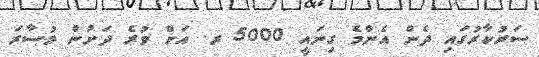
ސަރުކާރުގައި ދެން އެންމެ ގިނައީ 5000 ރ. އަށް ވުރެ ދަށުން މުސާރަ